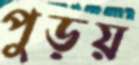
পুড়য়